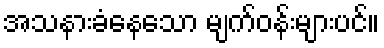
အသနားခံနေသော မျက်ဝန်းများပင်။